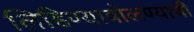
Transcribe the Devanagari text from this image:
लिहिण्याबोलण्याची